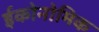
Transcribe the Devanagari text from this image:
ईकोनोमिक